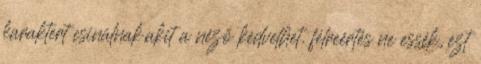
karaktert csinálnak,akit a néző kedvelhet. félreértés ne essék, ezt